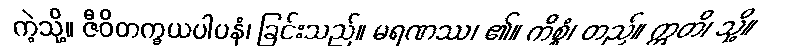
ကဲ့သို့။ ဇီဝိတက္ခယပါပနံ၊ ခြင်းသည်။ မရဏဿ၊ ၏။ ကိစ္စံ၊ တည်။ ဣတိ၊ သို့။